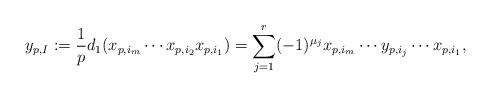
LaTeX: \begin{align*} y_{p,I}:=\frac{1}{p}d_1(x_{p,i_m}\cdots x_{p,i_2}x_{p,i_1})=\sum_{j=1}^r(-1)^{\mu_j}x_{p,i_m}\cdots y_{p,i_j}\cdots x_{p,i_1},\end{align*}